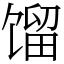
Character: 馏